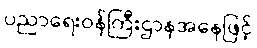
ပညာရေးဝန်ကြီးဌာနအနေဖြင့်